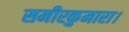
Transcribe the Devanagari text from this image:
समीरकुमारा।